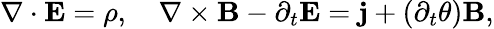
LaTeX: \mathbf{\nabla}\cdot\mathbf{E}=\rho,\quad\mathbf{\nabla}\times\mathbf{B}-\partial_{t}\mathbf{E}=\mathbf{j}+(\partial_{t}\theta)\mathbf{B},